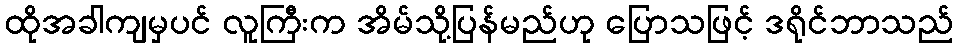
ထိုအခါကျမှပင် လူကြီးက အိမ်သို့ပြန်မည်ဟု ပြောသဖြင့် ဒရိုင်ဘာသည်